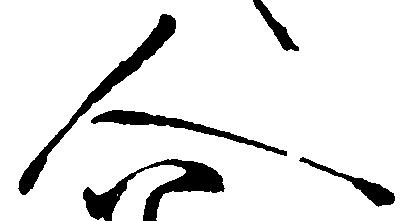
人